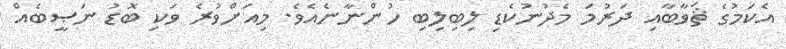
އެކަމުގެ ޘަވާބާއި ދަރުމަ މެދުނުކެޑި ލިބިލިބި ހުންނާނެއެވެ. މިއަށްވުރެ ވަކި ބޮޑު ނަޞީބެއް